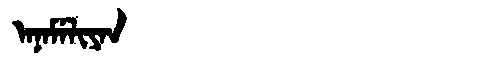
Manchu: ᠠᠨᠠᠮᡝᠯᡳᠶᠠᠨ
Romanization: ANAMELIYAN